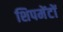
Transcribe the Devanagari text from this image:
शिपमेंटों